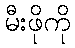
မီးဖိုကို